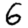
Digit: 6